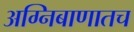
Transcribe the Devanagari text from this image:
अग्निबाणातच